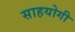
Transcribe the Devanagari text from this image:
साहयोगी